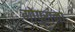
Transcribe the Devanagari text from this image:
गोपुरांना